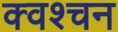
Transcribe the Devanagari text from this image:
क्वश्चन